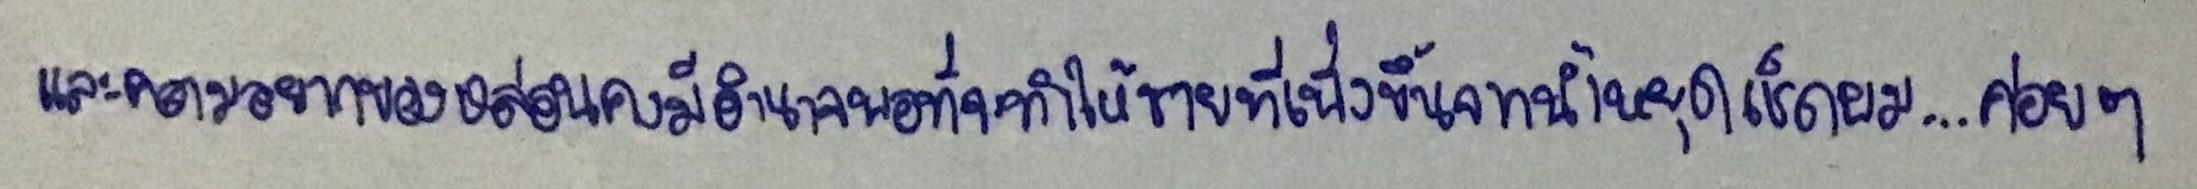
และความอยากของหล่อนคงมีอำนาจพอที่จะทำให้ชายที่เพิ่งขึ้นจากน้ำหยุดเช็ดผม...ค่อยๆ